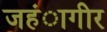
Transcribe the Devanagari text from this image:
जहंागीर